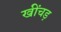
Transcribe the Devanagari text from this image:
खींचड़